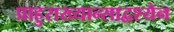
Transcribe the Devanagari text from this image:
प्राहुराख्यान्साद्वश्येन